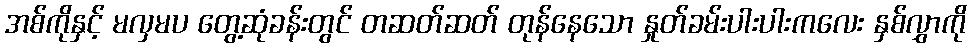
အစ်ကိုနှင့် မလှမပ တွေ့ဆုံခန်းတွင် တဆတ်ဆတ် တုန်နေသော နှုတ်ခမ်းပါးပါးကလေး နှစ်လွှာကို